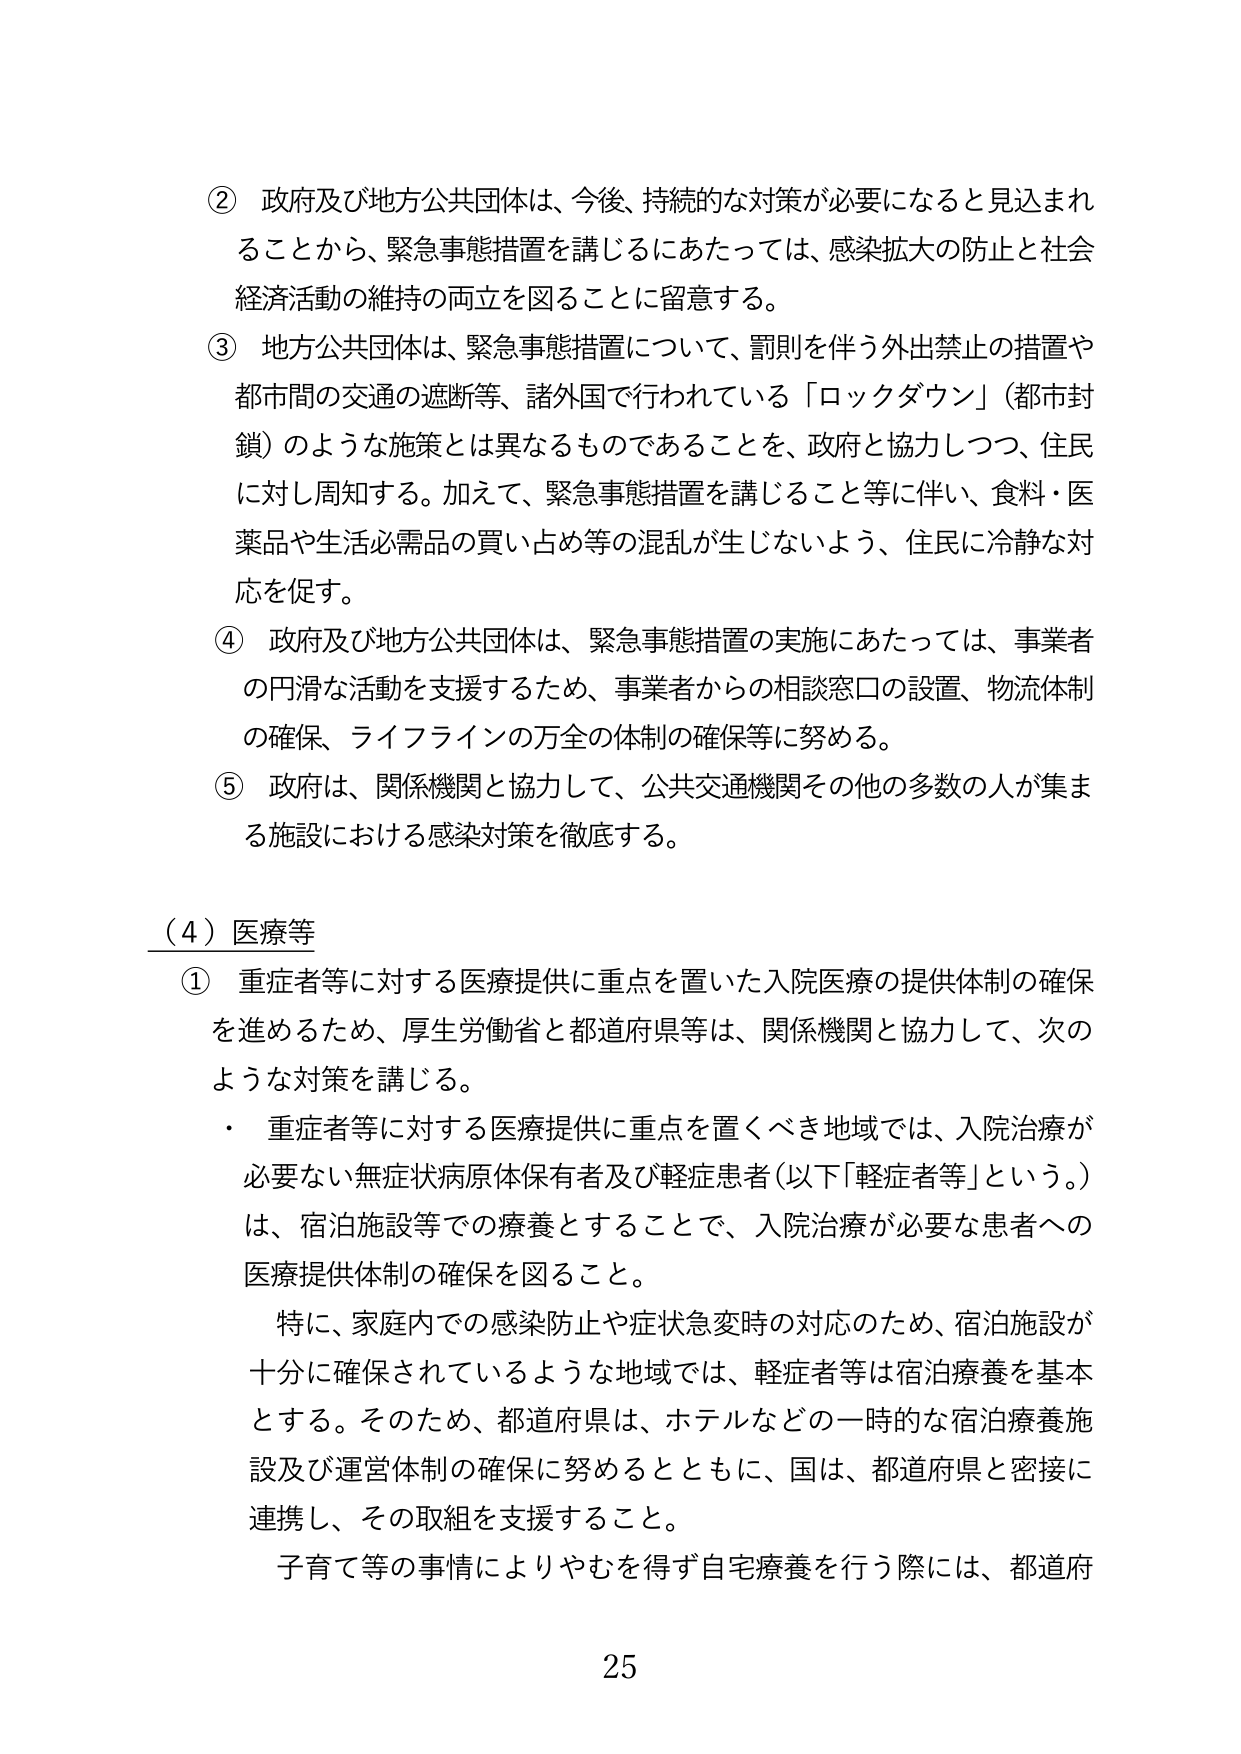
② 政府及び地方公共団体は、今後、持続的な対策が必要になると見込まれることから、緊急事態措置を講じるにあたっては、感染拡大の防止と社会経済活動の維持の両立を図ることに留意する。

③ 地方公共団体は、緊急事態措置について、罰則を伴う外出禁止の措置や都市間の交通の遮断等、諸外国で行われている「ロックダウン」（都市封鎖）のような施策とは異なるものであることを、政府と協力しつつ、住民に対し周知する。加えて、緊急事態措置を講じること等に伴い、食料・医薬品や生活必需品の買い占め等の混乱が生じないよう、住民に冷静な対応を促す。

④ 政府及び地方公共団体は、緊急事態措置の実施にあたっては、事業者の円滑な活動を支援するため、事業者からの相談窓口の設置、物流体制の確保、ライフラインの万全の体制の確保等に努める。

⑤ 政府は、関係機関と協力して、公共交通機関その他の多数の人が集まる施設における感染対策を徹底する。

（４）医療等

① 重症者等に対する医療提供に重点を置いた入院医療の提供体制の確保を進めるため、厚生労働省と都道府県等は、関係機関と協力して、次のような対策を講じる。

・ 重症者等に対する医療提供に重点を置くべき地域では、入院治療が必要ない無症状病原体保有者及び軽症患者（以下「軽症者等」という。）は、宿泊施設等での療養とすることで、入院治療が必要な患者への医療提供体制の確保を図ること。

　特に、家庭内での感染防止や症状急変時の対応のため、宿泊施設が十分に確保されているような地域では、軽症者等は宿泊療養を基本とする。そのため、都道府県は、ホテルなどの一時的な宿泊療養施設及び運営体制の確保に努めるとともに、国は、都道府県と密接に連携し、その取組を支援すること。

　子育て等の事情によりやむを得ず自宅療養を行う際には、都道府

25